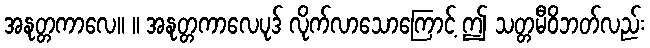
အနုတ္တကာလေ။ ။ အနုတ္တကာလေပုဒ် လိုက်လာသောကြောင့် ဤ သတ္တမီဝိဘတ်လည်း